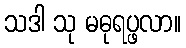
သဒါ သု မဓုရပ္ဖလာ။